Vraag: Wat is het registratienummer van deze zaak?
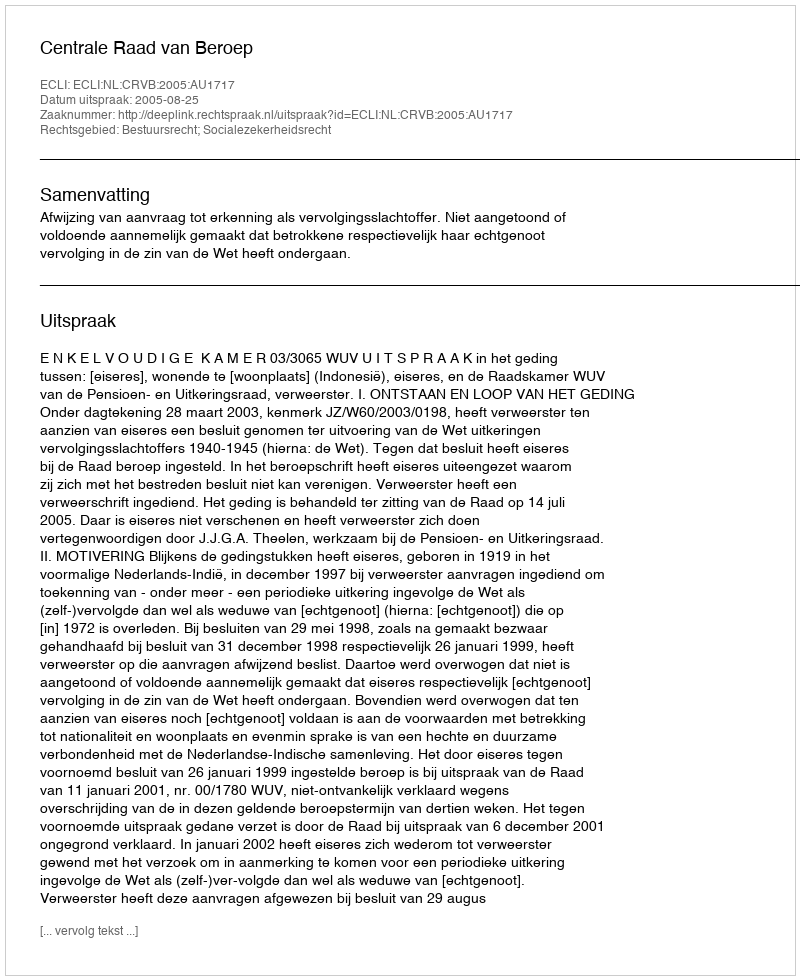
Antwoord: http://deeplink.rechtspraak.nl/uitspraak?id=ECLI:NL:CRVB:2005:AU1717